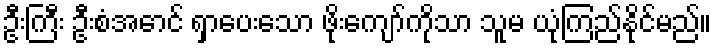
ဦးကြီး ဦးစံအောင် ရှာပေးသော ဖိုးကျော်ကိုသာ သူမ ယုံကြည်နိုင်မည်။